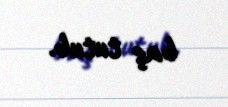
baş tutub.